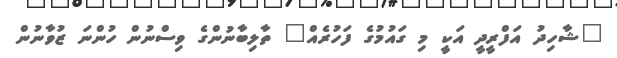
"ޝާހިދު އަފްރީދީ އަކީ މި ގައުމުގެ ފަހުރެއް" ތާލިބާނުންގެ ވިސްނުން ހުންނަ ޒުވާނުން